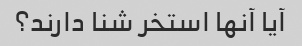
آیا آنها استخر شنا دارند؟